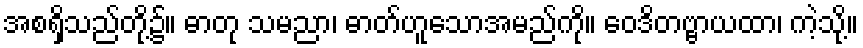
အစရှိသည်တို့၌။ ဓာတု သမညာ၊ ဓာတ်ဟူသောအမည်ကို။ ဝေဒိတဗ္ဗာယထာ၊ ကဲ့သို့။